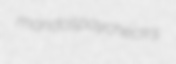
mondos paycheck's